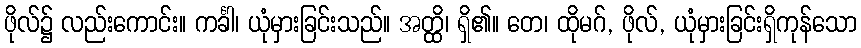
ဖိုလ်၌ လည်းကောင်း။ ကင်္ခါ၊ ယုံမှားခြင်းသည်။ အတ္ထိ၊ ရှိ၏။ တေ၊ ထိုမဂ်, ဖိုလ်, ယုံမှားခြင်းရှိကုန်သော